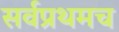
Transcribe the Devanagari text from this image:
सर्वप्रथमच